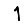
Digit: 1